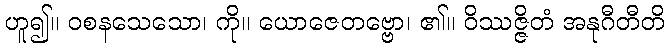
ဟူ၍။ ဝစနသေသော၊ ကို။ ယောဇေတဗ္ဗော၊ ၏။ ဝိဿဇ္ဇိတံ အနုဂီတီတိ